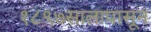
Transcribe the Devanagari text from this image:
१८९७सालापासून